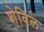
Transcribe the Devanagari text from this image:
शेविल